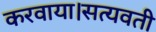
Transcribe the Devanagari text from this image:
करवाया।सत्यवती